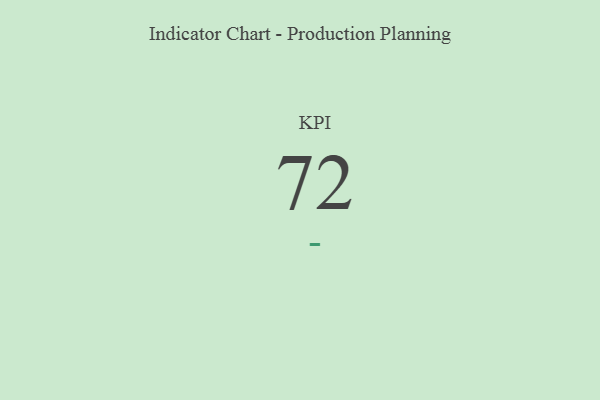
{"axis": {"x": "KPI", "y": "Value"}, "legend": [""], "data": [{"x": "KPI", "y": 72, "type": ""}]}